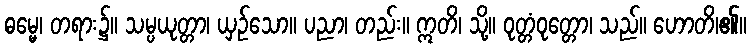
ဓမ္မေ၊ တရား၌။ သမ္ပယုတ္တာ၊ ယှဉ်သော။ ပညာ၊ တည်း။ ဣတိ၊ သို့။ ဝုတ္တံဝုတ္တော၊ သည်။ ဟောတိ၊၏။